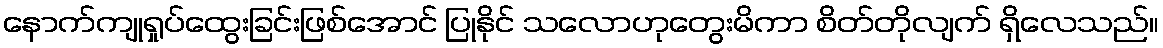
နောက်ကျုရှုပ်ထွေးခြင်းဖြစ်အောင် ပြုနိုင် သလောဟုတွေးမိကာ စိတ်တိုလျက် ရှိလေသည်။